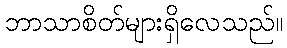
ဘာသာစိတ်များရှိလေသည်။